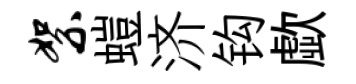
絮螘济钩歔